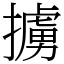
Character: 擄